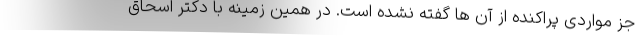
جز مواردی پراکنده از آن ها گفته نشده است. در همین زمینه با دکتر اسحاق